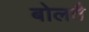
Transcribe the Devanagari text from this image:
बोलतै